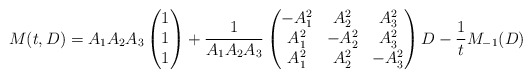
\begin{align*}M(t, D)= A_1 A_2 A_3\begin{pmatrix}1\\1\\1\end{pmatrix}+ \dfrac{1}{A_1 A_2 A_3}\begin{pmatrix}-A_1^2 & A_2^2 & A_3^2 \\A_1^2 & -A_2^2 & A_3^2 \\A_1^2 & A_2^2 & -A_3^2\end{pmatrix}D-\dfrac{1}{t} M_{-1} (D)\end{align*}